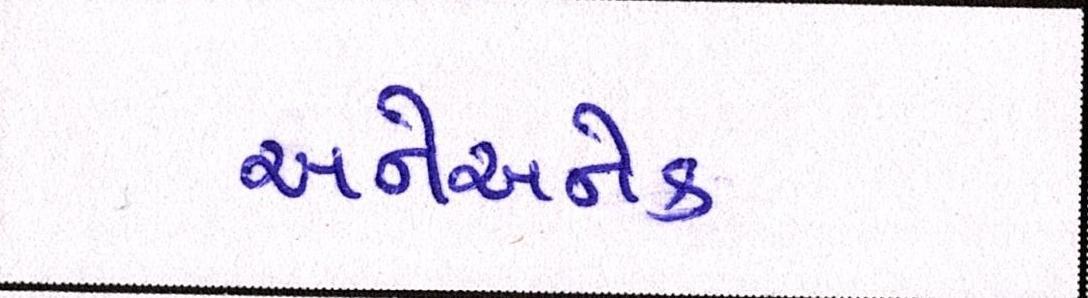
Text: અનેઅનેક